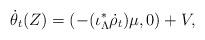
LaTeX: \begin{align*}\dot{\theta}_t(Z)=(-(\iota_\Lambda^*\dot{\rho}_t)\mu,0)+V,\end{align*}